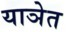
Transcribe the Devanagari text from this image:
याञेत